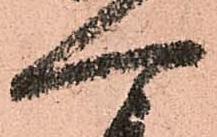
可